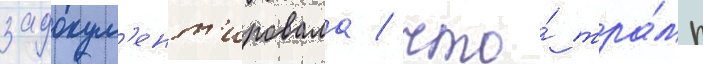
задокум'ент'ировала / что́ тра́мп